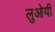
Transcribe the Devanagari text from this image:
लुओयी